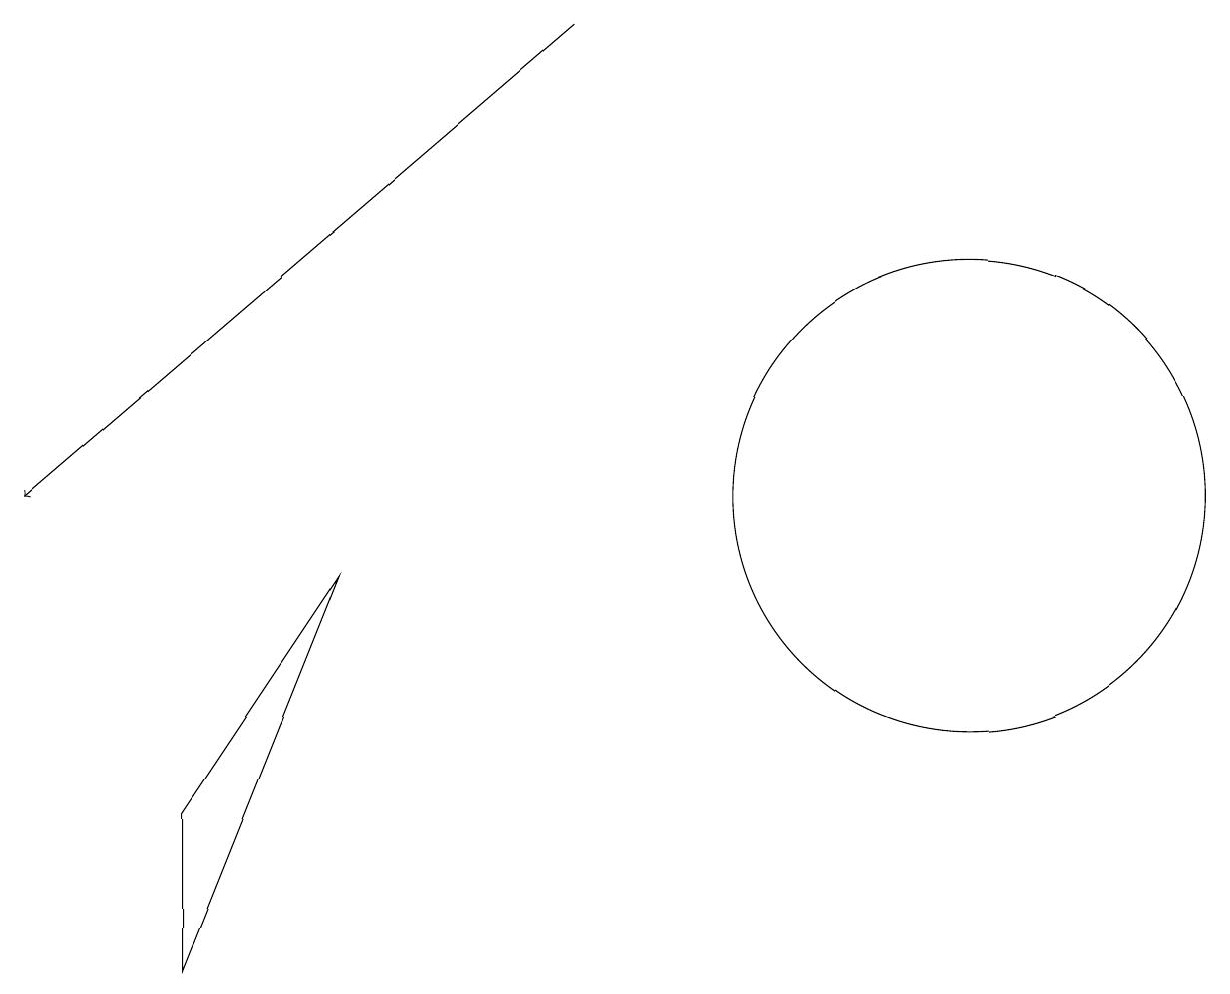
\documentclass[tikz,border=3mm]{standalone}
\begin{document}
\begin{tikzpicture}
\draw[->] (7,16) -- (0,10);
\draw (12,10) circle (3);
\draw (4,9) -- (2,4) -- (2,6) -- cycle;
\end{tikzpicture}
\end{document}